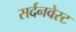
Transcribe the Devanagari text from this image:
सर्दनवेस्ट